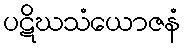
ပဋိဃသံယောဇနံ